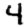
Digit: 4